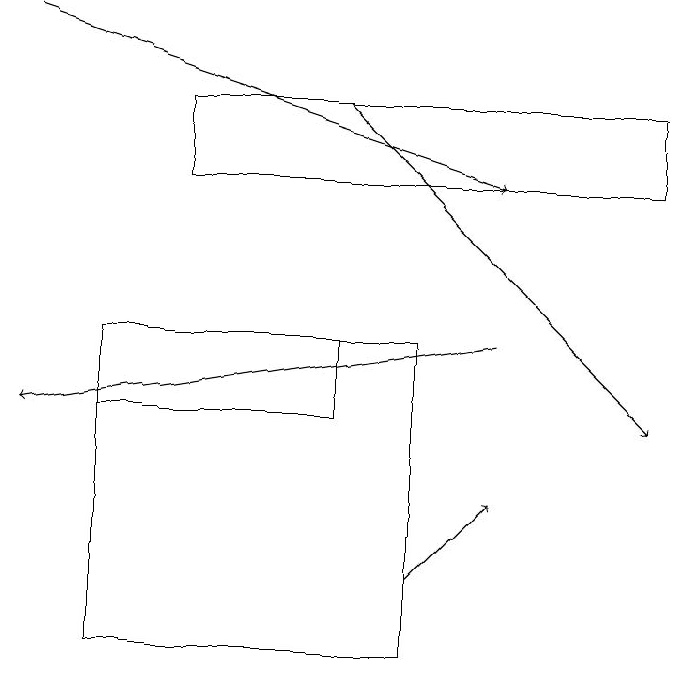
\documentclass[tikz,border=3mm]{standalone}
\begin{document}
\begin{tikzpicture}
\draw (2,15) rectangle (5,14);
\draw[->] (1,19) -- (7,17);
\draw[->] (6,12) -- (7,13);
\draw (6,11) rectangle (2,15);
\draw (9,17) rectangle (3,18);
\draw[->] (5,18) -- (9,14);
\draw[->] (7,15) -- (1,14);
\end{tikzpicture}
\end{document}